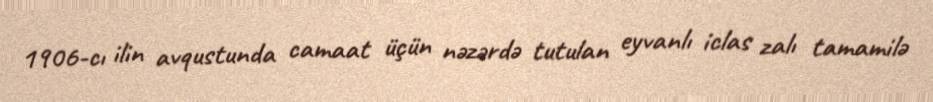
1906-cı ilin avqustunda camaat üçün nəzərdə tutulan eyvanlı iclas zalı tamamilə